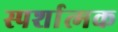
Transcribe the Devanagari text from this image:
स्पर्शात्मक